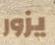
يزور